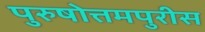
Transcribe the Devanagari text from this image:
पुरुषोत्तमपुरीस